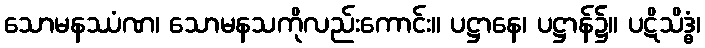
သောမနဿံဏ၊ သောမနသကိုလည်းကောင်း။ ပဋ္ဌာနေ၊ ပဋ္ဌာန်၌။ ပဋိသိဒ္ဓံ၊